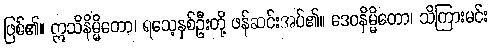
ဖြစ်၏။ ဣသိနိမ္မိတော၊ ရသေ့နှစ်ဦးတို့ ဖန်ဆင်းအပ်၏။ ဒေဝနိမ္မိတော၊ သိကြားမင်း